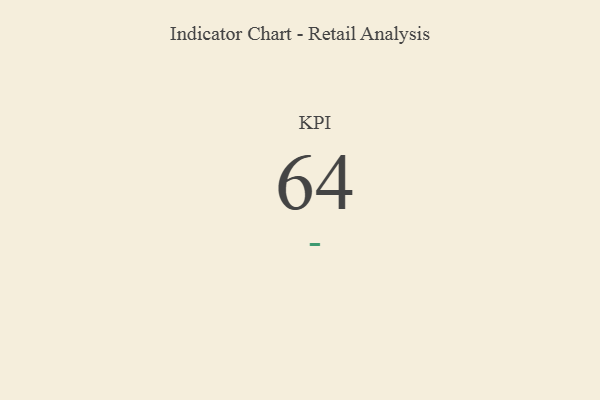
{"axis": {"x": "KPI", "y": "Value"}, "legend": [""], "data": [{"x": "KPI", "y": 64, "type": ""}]}